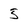
Character: 5